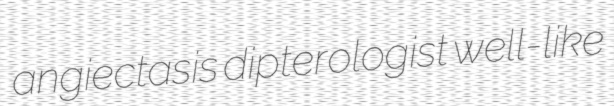
angiectasis dipterologist well-like